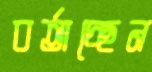
বর্তাচ্ছেন